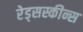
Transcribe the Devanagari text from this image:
रेड्सस्कीन्स